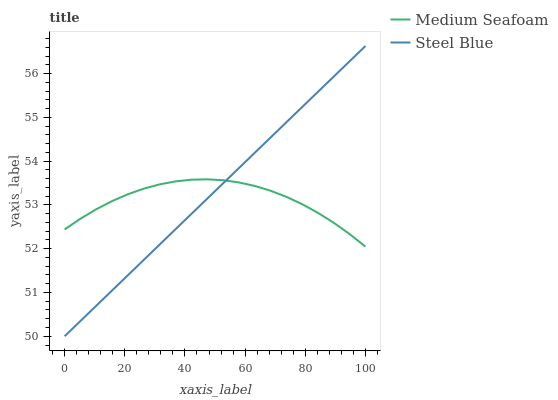
| xaxis_label | Medium Seafoam | Steel Blue |
 | --- | --- | --- |
 | 0 | 52.4 | 50 |
 | 5.26 | 52.7 | 50.3 |
 | 10.5 | 52.9 | 50.7 |
 | 15.8 | 53.1 | 51 |
 | 21.1 | 53.2 | 51.4 |
 | 26.3 | 53.4 | 51.7 |
 | 31.6 | 53.5 | 52.1 |
 | 36.8 | 53.5 | 52.4 |
 | 42.1 | 53.6 | 52.8 |
 | 47.4 | 53.6 | 53.1 |
 | 52.6 | 53.6 | 53.5 |
 | 57.9 | 53.5 | 53.8 |
 | 63.2 | 53.4 | 54.2 |
 | 68.4 | 53.3 | 54.5 |
 | 73.7 | 53.2 | 54.9 |
 | 78.9 | 53 | 55.2 |
 | 84.2 | 52.8 | 55.6 |
 | 89.5 | 52.6 | 55.9 |
 | 94.7 | 52.3 | 56.3 |
 | 100 | 52 | 56.6 |